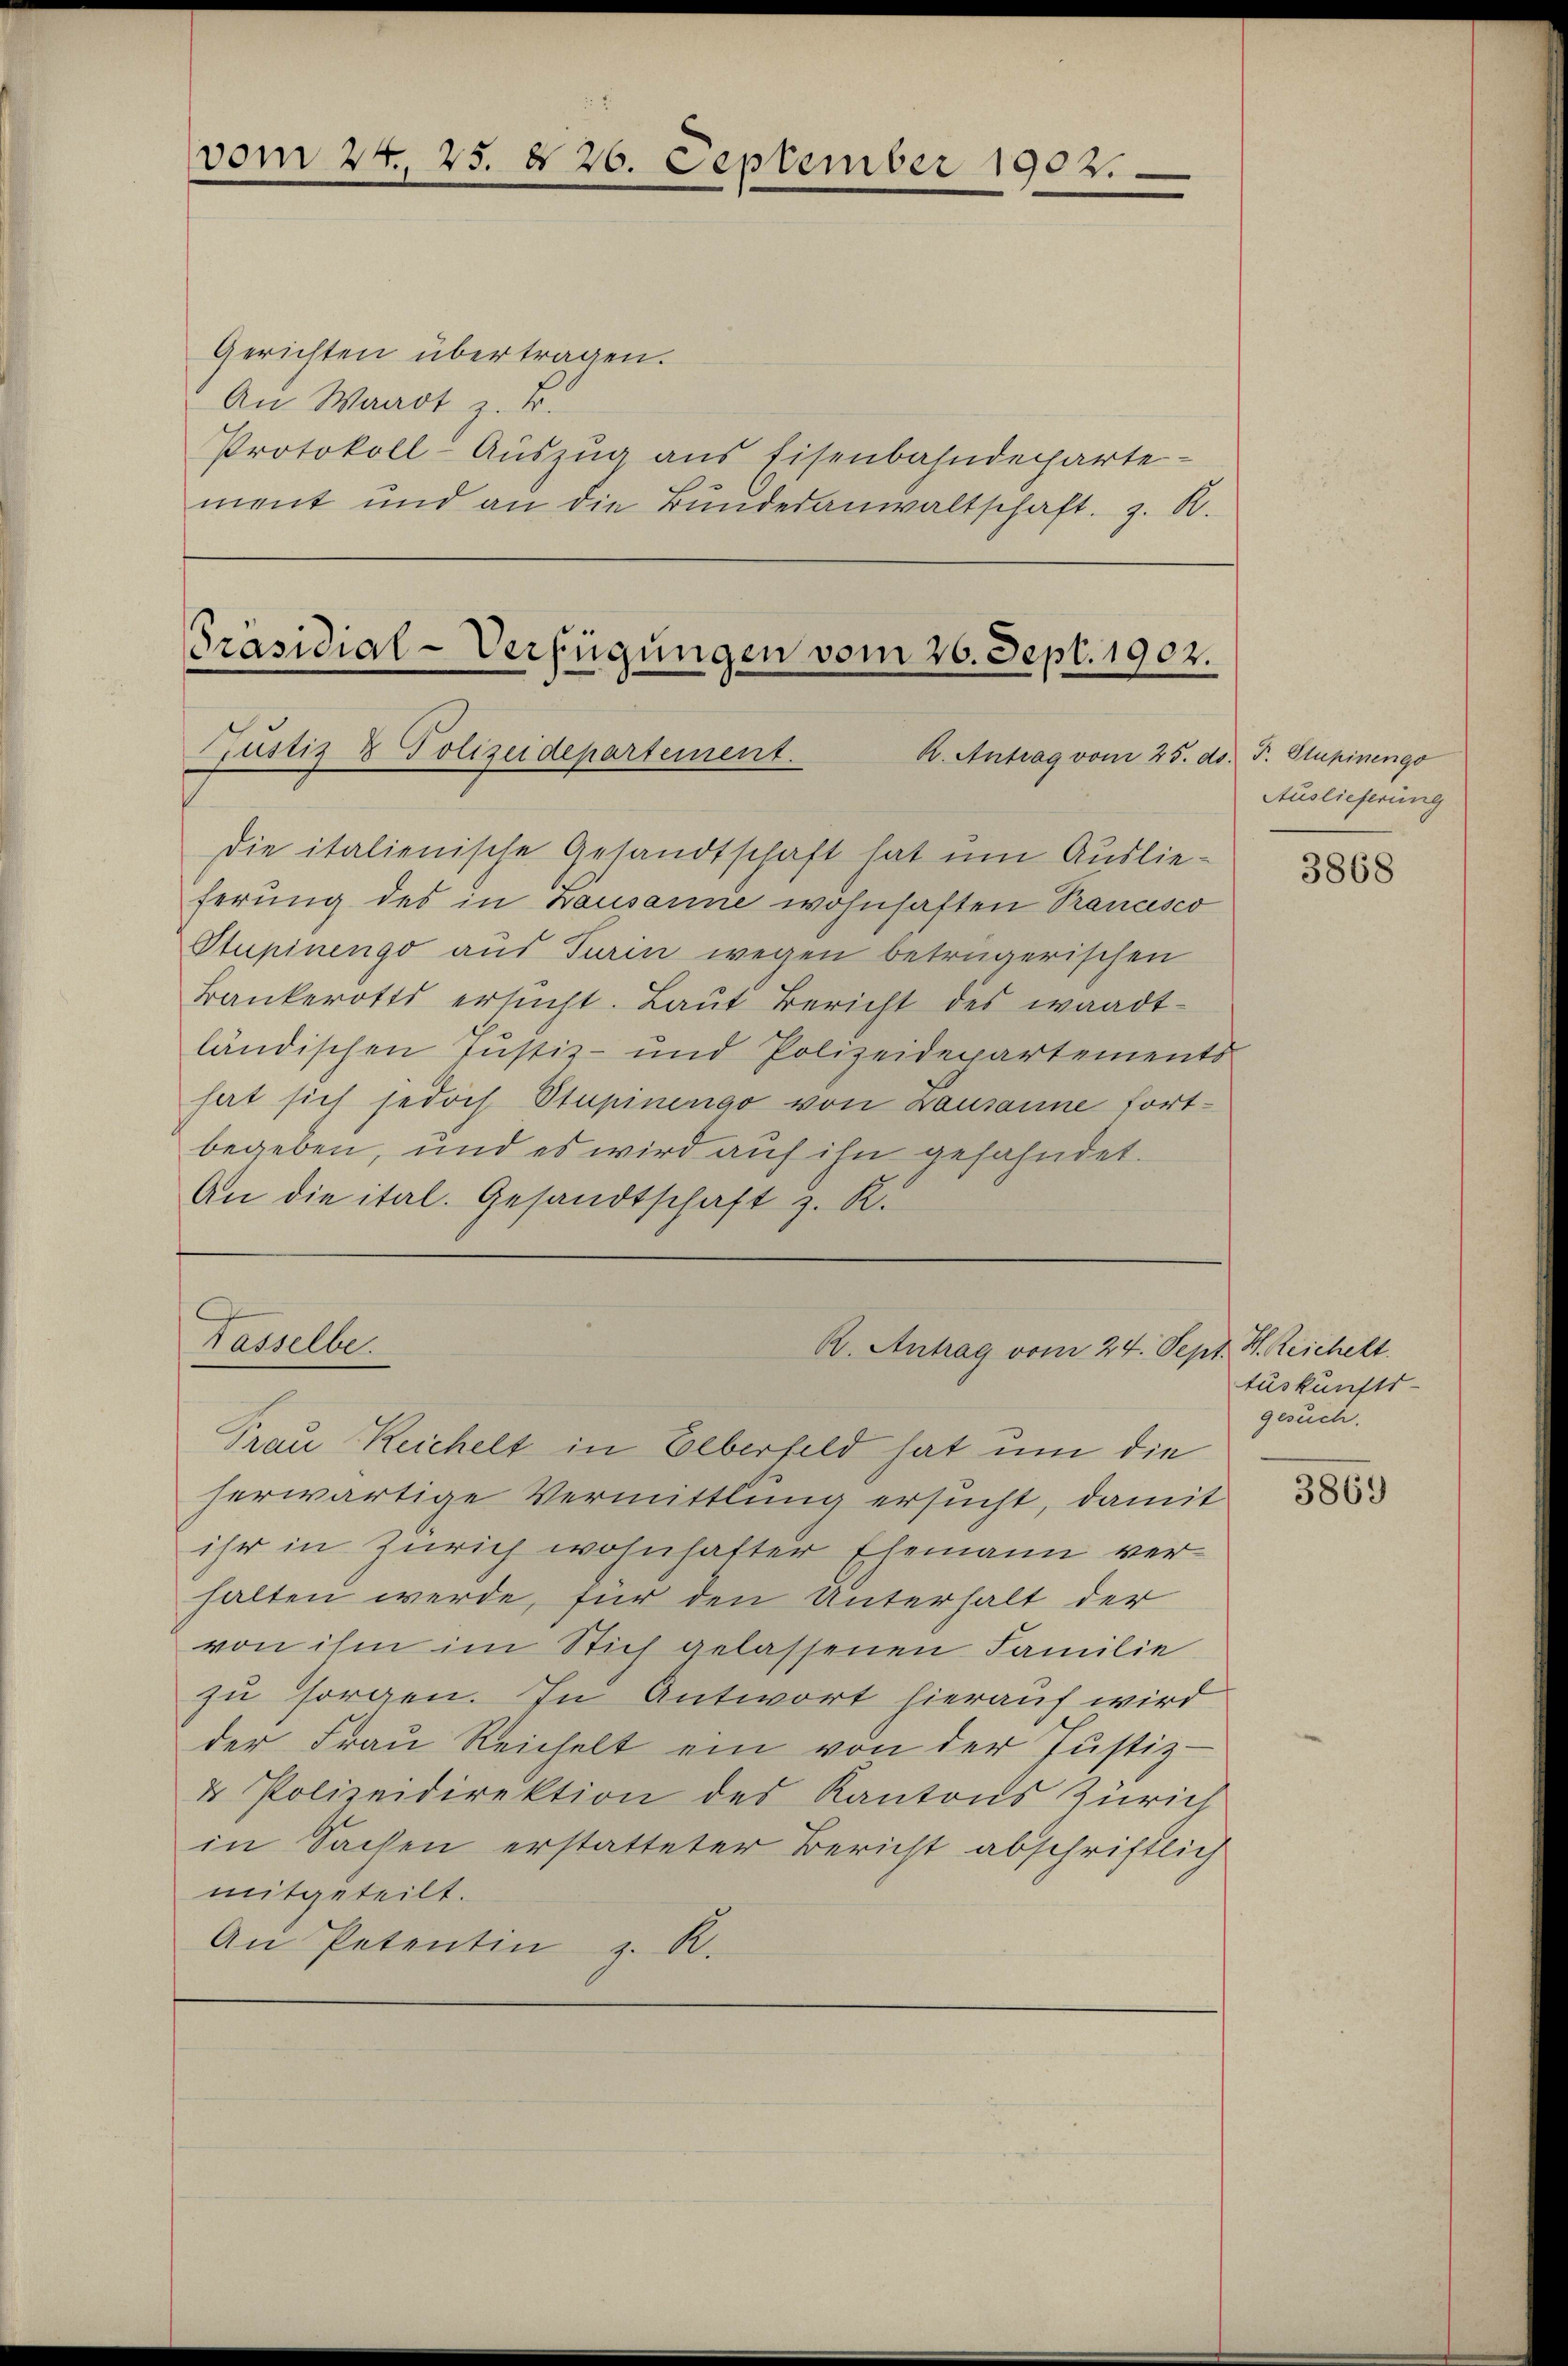
vom 24. 25. § 26. September 1902.

Gerichten übertragen.
An Waadt z. B.
Protokoll-Auszug aus Eisenbahndechartement und an die Bŭndesanwaltschaft z. R.

Präsidial-Verfügungen vom 26. Sept. 1902.
Prustiz & Polizeidepartement.
R. Antrag vom 25. ds. F. Stupinengo

die italienische Gesandtschaft hat um Auslieferung des in Bausanne wohnhaften Trancisco
Stupinengo aus Turin wegen betrügerischen
Bankerotts ersŭcht. Laŭt Bericht des waadt-
ländischen Justiz- und Polizeidepartements
hat sich jedoch Stupinengo von Lausanne fort-
begeben, und es wird auf ihn gefahndet.
An die ital. Gesandtschaft z. K.

Tasselbe
R. Antrag vom 24. Sept. H. Reichelt.
Frau Reichelt in Ueberfeld hat um die

Auslieferung

herwärtige Vermittlung ersucht, damit
ihr in Zürich wohnhafter Ehemann verhalten werde, für den Unterhalt der
von ihm im Stich gelassenen Familie
zu sorgen. In Antwort hierauf wird
der Frau Reichelt ein von der Justiz-
& Polizeidirektion des Kantons Zürich
in Sachen erstatteter Bericht abschriftlich
mitgeteilt.
An Petentin z. R.

3868

tuskunfts-
gesuch.

3869